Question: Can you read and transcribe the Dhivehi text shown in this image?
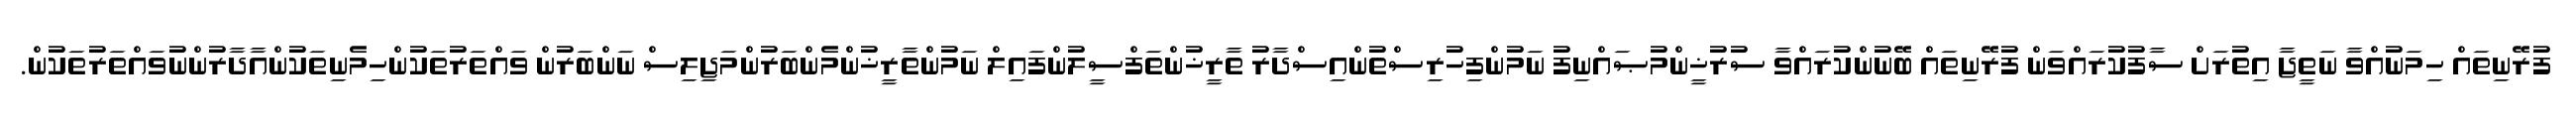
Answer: ފުރޭނިތައް ހިމަނުއްވާ ނަތީޖާ އިތުރަށް ސާފުކުރައްވަން ފުރޭނިތައް ބޭނުންކުރައްވާ ސުރުޚީންމުޞައްނިފު ނަމުންފިހުރިސްތުންއިސްދާރު ތާރީޚުންތަފްސީލުންފައިލް ނަމުންތާރީޚުންމެންބަރުންމަޖިލިސް ނަންބަރުން ވައްތަރުތަކުންހިމެނިތަކުންއާދާރުންނުވައްތަރުތަކުން.